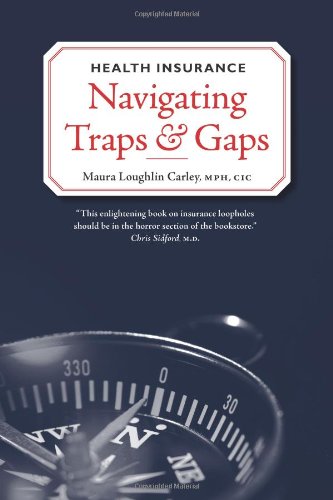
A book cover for Health Insurance: Navigating Traps & Gaps; Maura Loughlin Carley, MPH , CIC ; Business & Money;